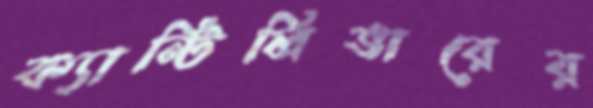
ক্যান্টিলিভারের